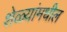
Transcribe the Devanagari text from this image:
शेळ्यांमधील